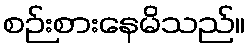
စဉ်းစားနေမိသည်။